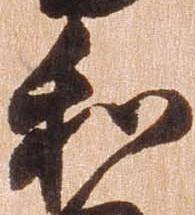
和